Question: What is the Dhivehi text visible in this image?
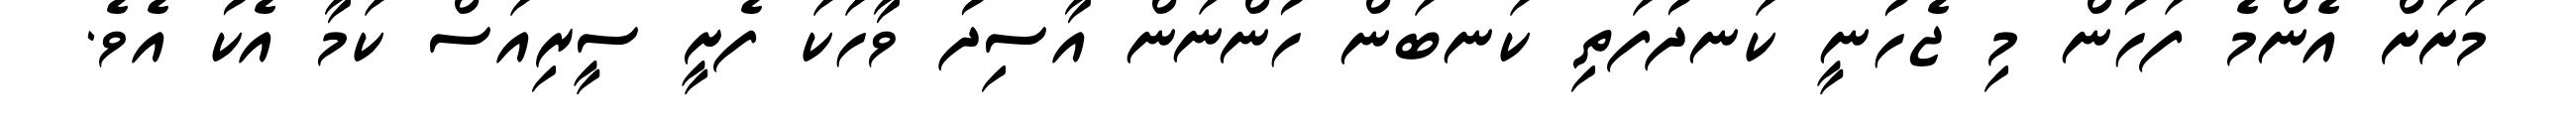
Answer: މަށަށް އެންމެ ފަހުން މި ޖެހުނީ ކަނދުފަތި ކަނބަން ހުންނަން އާސިދު ވާހަކަ ފެށީ ސީރިއަސް ކަމާ އެކު އެވެ.